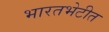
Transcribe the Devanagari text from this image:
भारतभेटीत